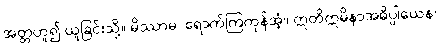
အတ္တဟူ၍ ယူခြင်းသို့။ မိဿာမ၊ ရောက်ကြကုန်အံ့။ ဣတိဣမိနာအဓိပ္ပါယေန၊